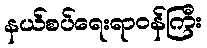
နယ်စပ်ရေးရာဝန်ကြီး